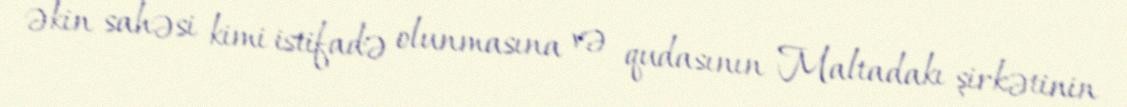
əkin sahəsi kimi istifadə olunmasına və qudasının Maltadakı şirkətinin